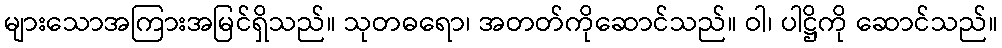
များသောအကြားအမြင်ရှိသည်။ သုတဓရော၊ အတတ်ကိုဆောင်သည်။ ဝါ၊ ပါဋ္ဌိကို ဆောင်သည်။